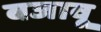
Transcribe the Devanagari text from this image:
बजावू